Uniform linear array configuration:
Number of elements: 64
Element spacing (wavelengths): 1
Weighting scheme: cosine
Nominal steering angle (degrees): -15
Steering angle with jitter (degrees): -16.285
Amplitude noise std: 0.05
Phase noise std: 0.05

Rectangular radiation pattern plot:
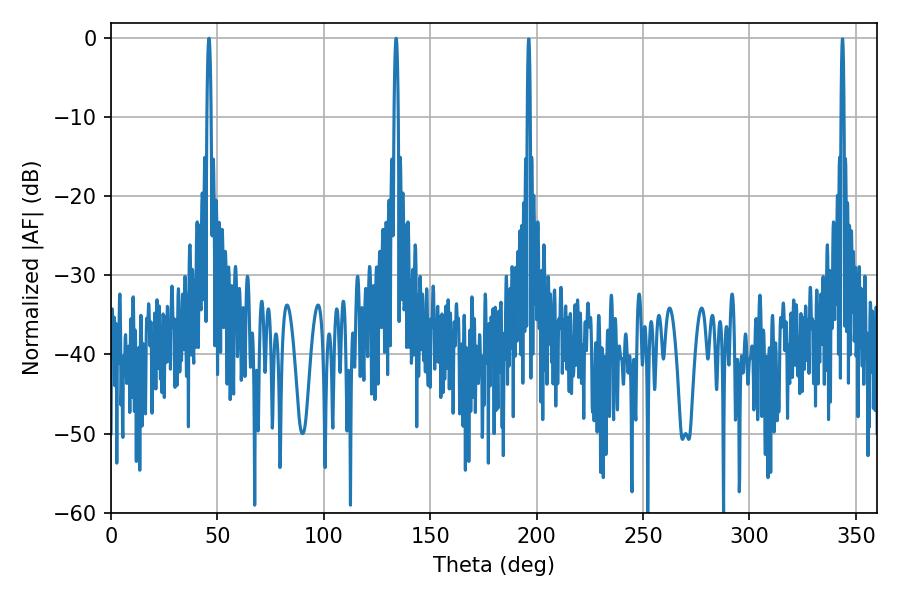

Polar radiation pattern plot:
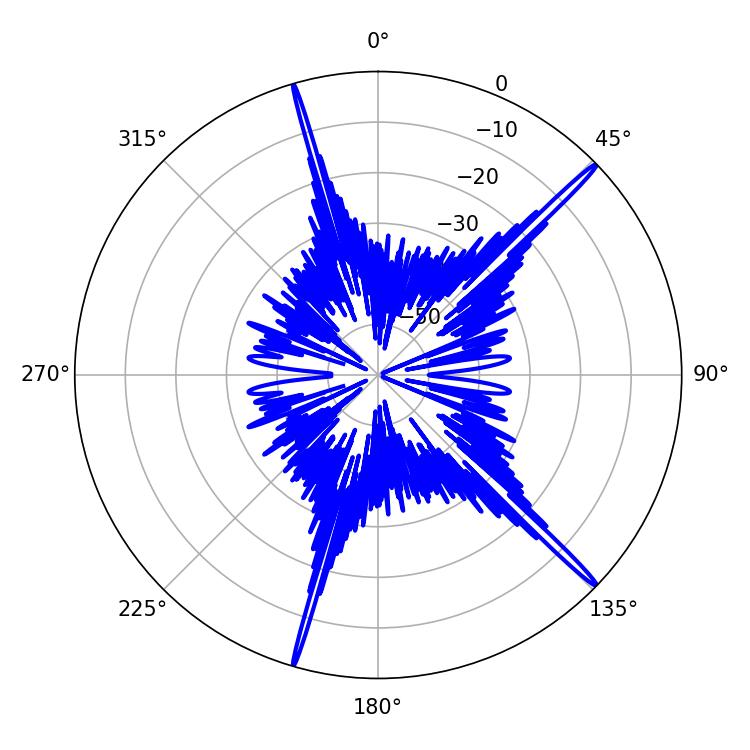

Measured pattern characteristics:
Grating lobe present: TRUE
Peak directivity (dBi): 19.295
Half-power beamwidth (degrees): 1.08
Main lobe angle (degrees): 133.92